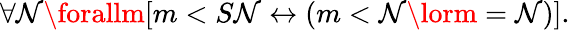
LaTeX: \forall\mathcal{N}\forallm[m<S\mathcal{N}\leftrightarrow(m<\mathcal{N}\lorm=\mathcal{N})].